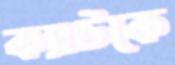
ক্যাটকে